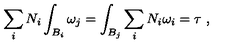
\sum _ { i } N _ { i } \int _ { B _ { i } } \omega _ { j } = \int _ { B _ { j } } \sum _ { i } N _ { i } \omega _ { i } = \tau \ ,